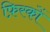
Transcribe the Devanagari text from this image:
फ़िरकों